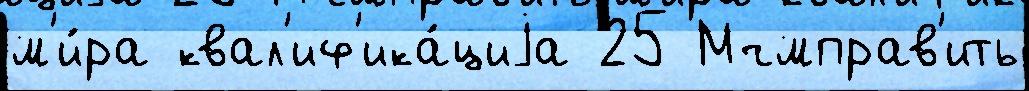
м'и́ра квал'иф'ика́циjа 25 Мчмправ'ить